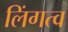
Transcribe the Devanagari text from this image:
लिंगत्व